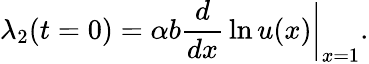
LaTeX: \lambda_{2}(t=0)=\alpha b{\frac{d}{dx}}\ln u(x)\bigg|_{x=1}.